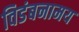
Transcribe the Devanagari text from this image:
विडंबनामय